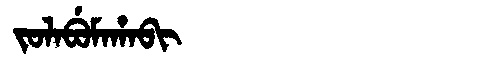
Manchu: ᠵᠣᠯᠠᠪᡠᠮᠠᡥᠠᠪᡳ
Romanization: JOLABUMAHABI